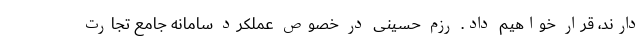
دارند، قرار خواهیم داد. رزم حسینی در خصوص عملکرد سامانه جامع تجارت